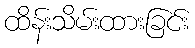
ထိန်းသိမ်းထားခြင်း